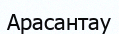
Арасантау